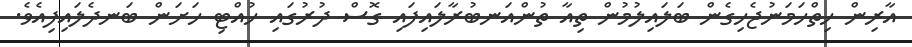
އާރިން ހިތްހަމަނުޖެހިގެން ބަލައިލުމުން ތިއާ ތުންއަނބުރާލައިފައި ގޮސް ދުރުގައި ހުއްޓި ހަށަން ބަނދެލައިފިއެވެ.